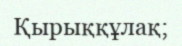
Қырыққұлақ;